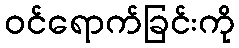
ဝင်ရောက်ခြင်းကို